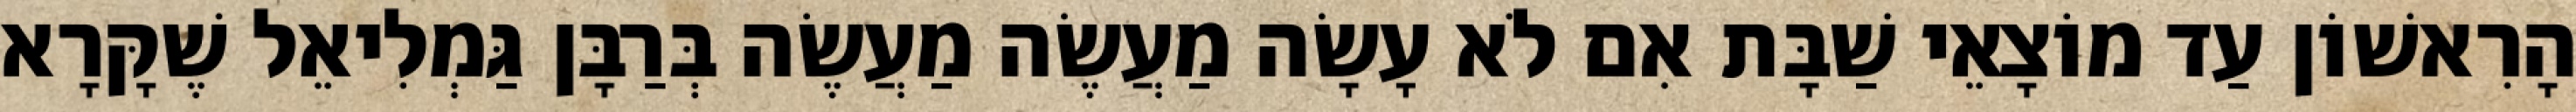
הָרִאשׁוֹן עַד מוֹצָאֵי שַׁבָּת אִם לֹא עָשָׂה מַעֲשֶׂה מַעֲשֶׂה בְּרַבָּן גַּמְלִיאֵל שֶׁקָּרָא